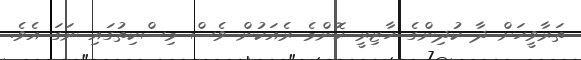
ތަރާވީހަށް ދާ ކުދިންގެ ހާޒިރީ ކޮންމެ ރެއަކުން ވެސް މިސްކިތުގައި ނަގަ އެވެ.